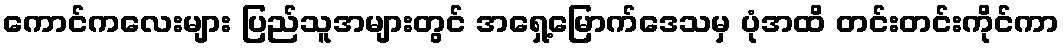
ကောင်ကလေးများ ပြည်သူအများတွင် အရှေ့မြောက်ဒေသမှ ပုံအထိ တင်းတင်းကိုင်ကာ